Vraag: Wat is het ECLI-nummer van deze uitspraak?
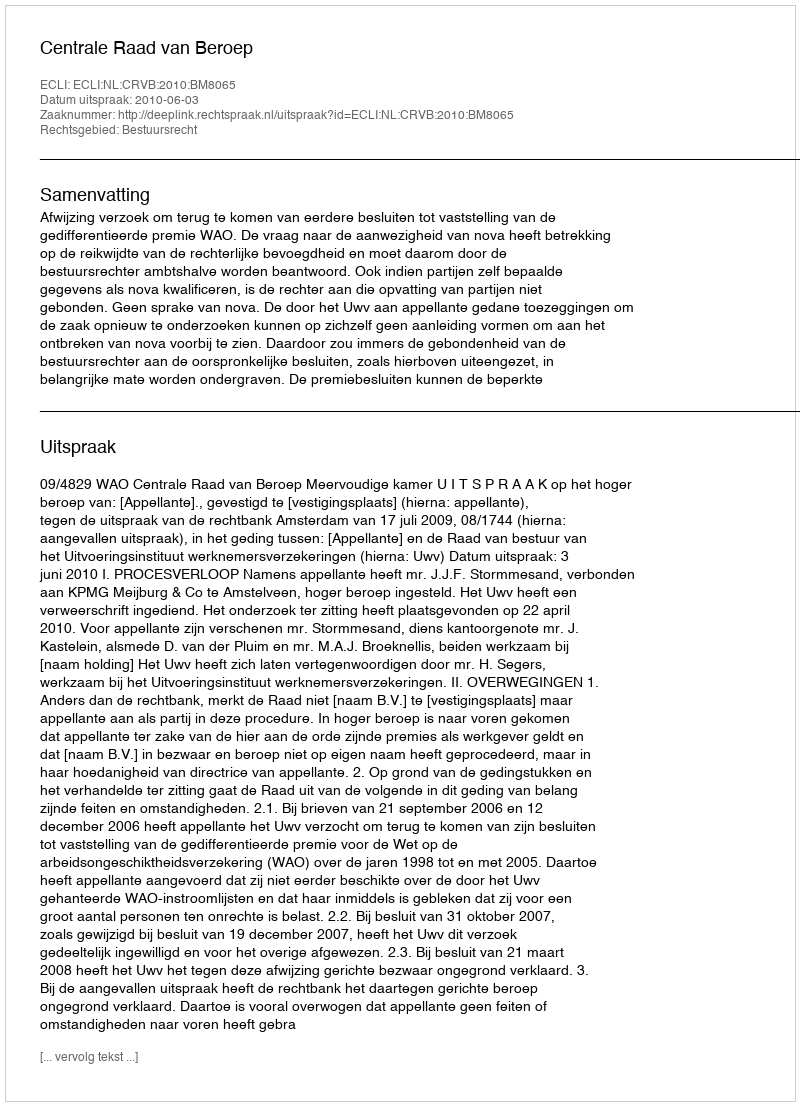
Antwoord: ECLI:NL:CRVB:2010:BM8065